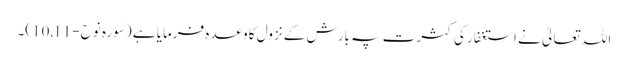
اللہ تعالیٰ نے استغفار کی کثرت پہ بارش کے نزول کا وعدہ فرمایا ہے (سورہ نوح-10,11)۔